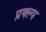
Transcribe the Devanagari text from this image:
प्रक्ल्प